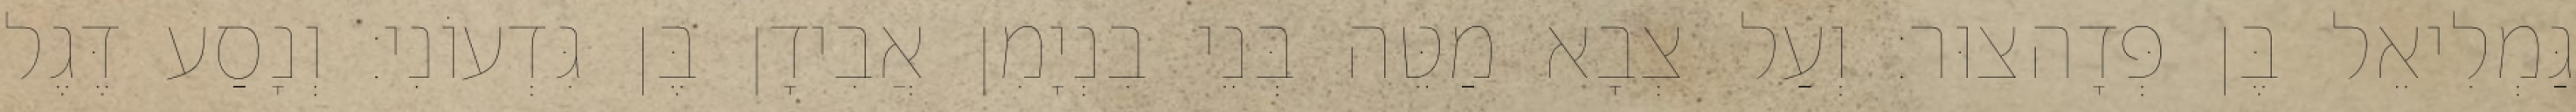
גַּמְלִיאֵל בֶּן פְּדָהצוּר׃ וְעַל צְבָא מַטֵּה בְּנֵי בִנְיָמִן אֲבִידָן בֶּן גִּדְעוֹנִי׃ וְנָסַע דֶּגֶל